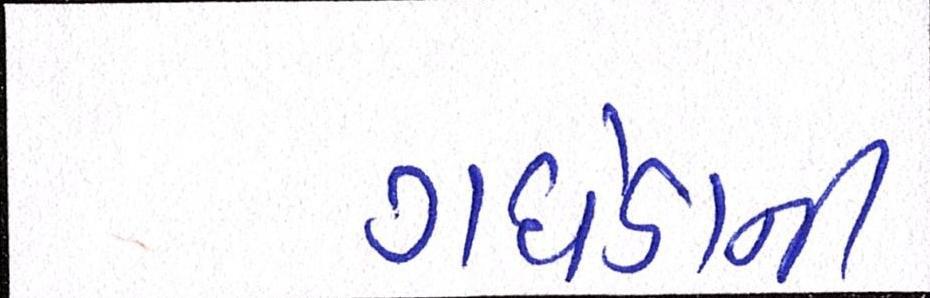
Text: ગધેડાની